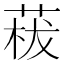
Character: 𦴡